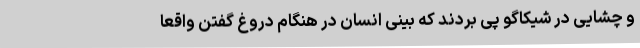
و چشایی در شیکاگو پی بردند که بینی انسان در هنگام دروغ گفتن واقعا